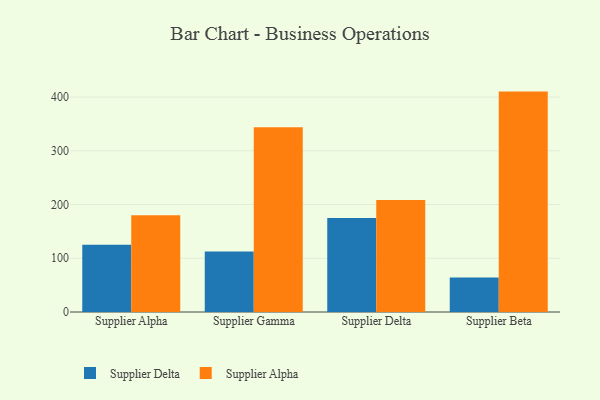
{"axis": {"x": "Supplier", "y": "Budget (USD K)"}, "legend": ["Supplier Alpha", "Supplier Delta"], "data": [{"x": "Supplier Alpha", "y": 125.2, "type": "Supplier Delta"}, {"x": "Supplier Alpha", "y": 180.2, "type": "Supplier Alpha"}, {"x": "Supplier Gamma", "y": 112.7, "type": "Supplier Delta"}, {"x": "Supplier Gamma", "y": 343.7, "type": "Supplier Alpha"}, {"x": "Supplier Delta", "y": 175.1, "type": "Supplier Delta"}, {"x": "Supplier Delta", "y": 208.3, "type": "Supplier Alpha"}, {"x": "Supplier Beta", "y": 64.3, "type": "Supplier Delta"}, {"x": "Supplier Beta", "y": 410.1, "type": "Supplier Alpha"}]}